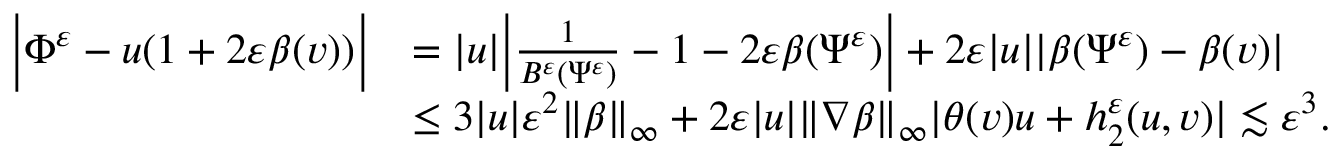
\begin{array} { r l } { \Big | \Phi ^ { \varepsilon } - u ( 1 + 2 \varepsilon \beta ( v ) ) \Big | } & { = | u | \Big | \frac { 1 } { B ^ { \varepsilon } ( \Psi ^ { \varepsilon } ) } - 1 - 2 \varepsilon \beta ( \Psi ^ { \varepsilon } ) \Big | + 2 \varepsilon | u | | \beta ( \Psi ^ { \varepsilon } ) - \beta ( v ) | } \\ & { \leq 3 | u | \varepsilon ^ { 2 } \| \beta \| _ { \infty } + 2 \varepsilon | u | \| \nabla \beta \| _ { \infty } | \theta ( v ) u + h _ { 2 } ^ { \varepsilon } ( u , v ) | \lesssim \varepsilon ^ { 3 } . } \end{array}